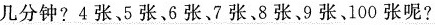
几分钟?4张、5张，6张、7张、8张、9张、100张呢?